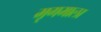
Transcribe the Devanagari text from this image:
मृगमाला